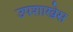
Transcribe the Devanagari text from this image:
उपशाखेस